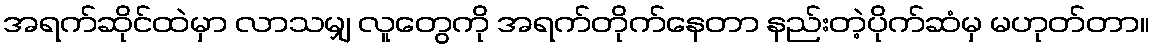
အရက်ဆိုင်ထဲမှာ လာသမျှ လူတွေကို အရက်တိုက်နေတာ နည်းတဲ့ပိုက်ဆံမှ မဟုတ်တာ။